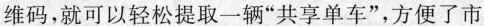
维码，就可以轻松提取一辆”共享单车”，方便了市